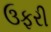
ઉફરી